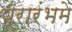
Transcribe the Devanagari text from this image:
प्रारंभमे